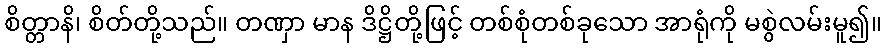
စိတ္တာနိ၊ စိတ်တို့သည်။ တဏှာ မာန ဒိဋ္ဌိတို့ဖြင့် တစ်စုံတစ်ခုသော အာရုံကို မစွဲလမ်းမူ၍။